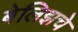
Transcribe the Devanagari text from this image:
बेलिझचे